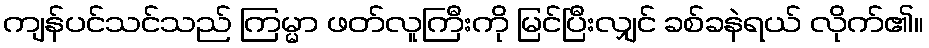
ကျန်ပင်သင်သည် ကြမ္မာ ဖတ်လူကြီးကို မြင်ပြီးလျှင် ခစ်ခနဲရယ် လိုက်၏။